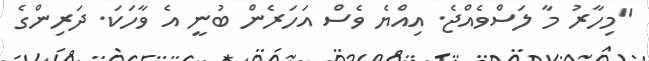
"މިހާރު މާ ލަސްވެއްޖެ. އިއްޔެ ވެސް އަހަރެން ބުނީ އެ ވާހަކަ. ދަރިންގެ